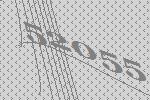
52055